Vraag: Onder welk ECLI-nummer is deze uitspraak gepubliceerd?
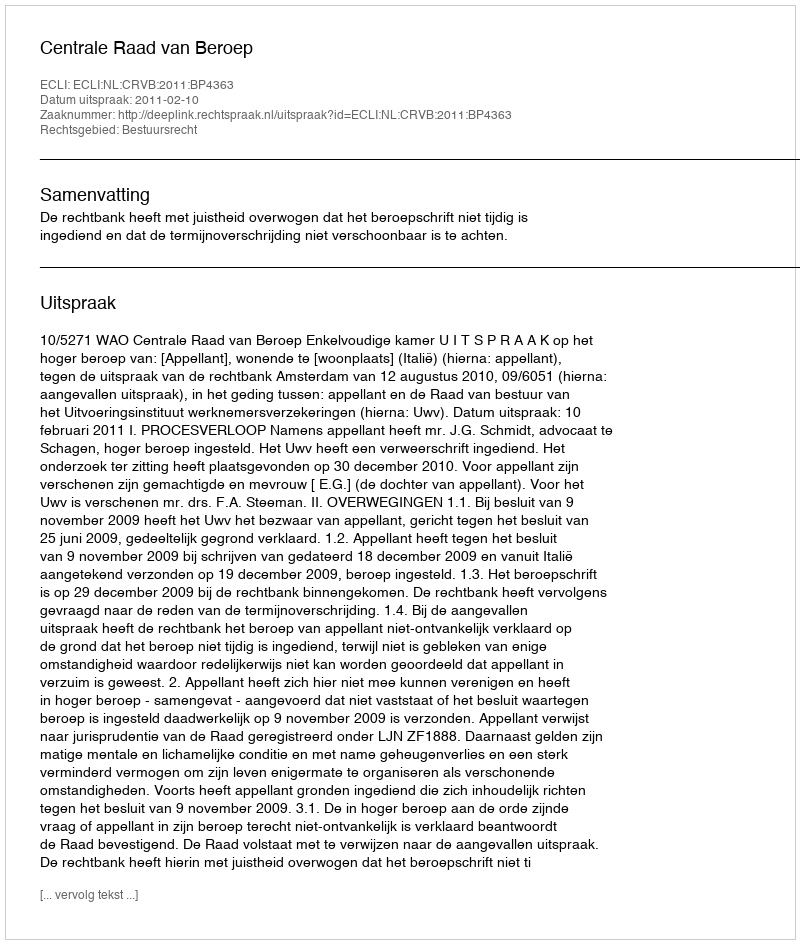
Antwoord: ECLI:NL:CRVB:2011:BP4363